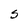
Character: S